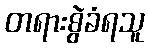
တရားစွဲခံရသူ